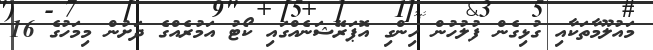
މައުލޫމާތަކާއި ގުޅިގެން ފުލުހުން ހިންގި އޮޕަރޭޝަނެއްގައި ކޯޓު އަމުރެއްގެ ދަށުން މިމަހުގެ 16